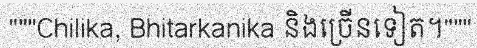
"""Chilika, Bhitarkanika និងច្រើនទៀត។"""